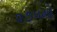
૨૭૫મો